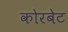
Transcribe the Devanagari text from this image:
कोरबेट